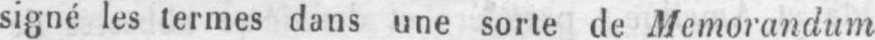
signé les termes dans une sorte de Mémorandum